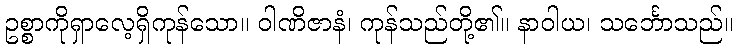
ဥစ္စာကိုရှာလေ့ရှိကုန်သော။ ဝါဏိဇာနံ၊ ကုန်သည်တို့၏။ နာဝါယ၊ သင်္ဘောသည်။